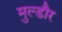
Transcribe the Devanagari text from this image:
मुल्डौर